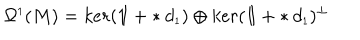
\Omega ^ { \scriptscriptstyle 1 } ( M ) = k e r ( \mathrm { 1 \ m k e r n - 5 m u I \! } + \ast d _ { \scriptscriptstyle 1 } ) \oplus k e r ( \mathrm { 1 \ m k e r n - 5 m u I \! } + \ast d _ { \scriptscriptstyle 1 } ) ^ { \perp }